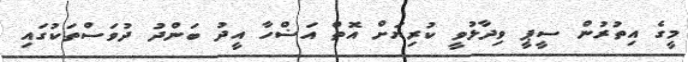
މީގެ އިތުރުން ސީޕީ ވިދާޅުވީ ކުރިޔަށް އޮތް އަޟްހާ އީދު ބަންދު ދުވަސްތަކުގައި